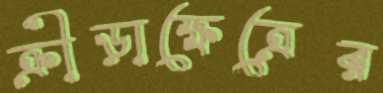
ক্রীড়াক্ষেত্রের